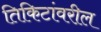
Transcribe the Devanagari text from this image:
तिकिटांवरील